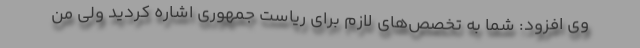
وی افزود: شما به تخصص‌های لازم برای ریاست جمهوری اشاره کردید ولی من